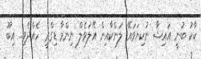
ކާކު ބުނީ އައިޝާ ނުކިޔަވައޭ ލަންކާއިން އޭލަވެލް ނިންމާ ޑިގްރީ ހެއްދެވި.. އިބޫ